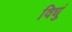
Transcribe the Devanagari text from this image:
विधुं